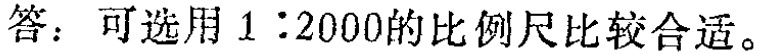
答：可选用 \(1:2000\)的比例尺比较合适。